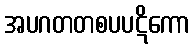
အပဂတတစပပဋိကော